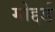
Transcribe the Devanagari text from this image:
गोद्दर्ड